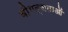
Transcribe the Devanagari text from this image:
वीभत्सताओं